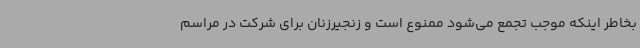
بخاطر اینکه موجب تجمع می‌شود ممنوع است و زنجیرزنان برای شرکت در مراسم